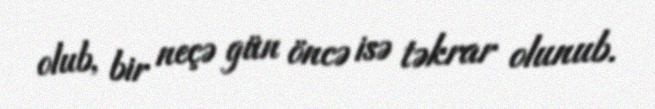
olub, bir neçə gün öncə isə təkrar olunub.